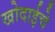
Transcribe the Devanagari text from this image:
खोदाईचे